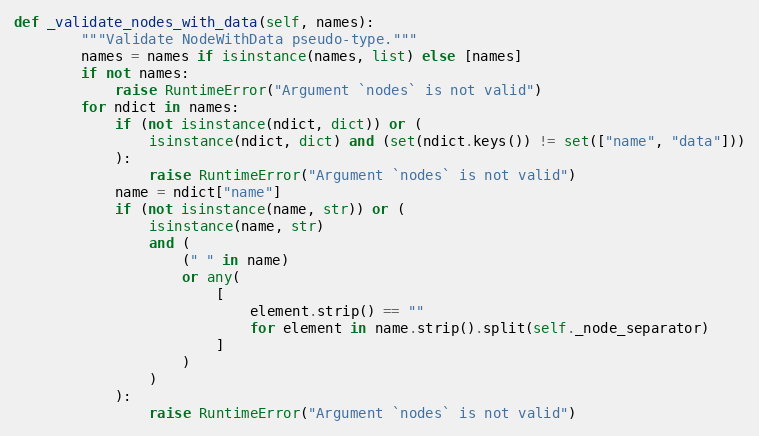
Language: Python
def _validate_nodes_with_data(self, names):
        """Validate NodeWithData pseudo-type."""
        names = names if isinstance(names, list) else [names]
        if not names:
            raise RuntimeError("Argument `nodes` is not valid")
        for ndict in names:
            if (not isinstance(ndict, dict)) or (
                isinstance(ndict, dict) and (set(ndict.keys()) != set(["name", "data"]))
            ):
                raise RuntimeError("Argument `nodes` is not valid")
            name = ndict["name"]
            if (not isinstance(name, str)) or (
                isinstance(name, str)
                and (
                    (" " in name)
                    or any(
                        [
                            element.strip() == ""
                            for element in name.strip().split(self._node_separator)
                        ]
                    )
                )
            ):
                raise RuntimeError("Argument `nodes` is not valid")